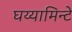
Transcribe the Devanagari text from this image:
घय्यामिन्टे